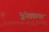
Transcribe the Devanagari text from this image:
ग्रेनेड्यावर